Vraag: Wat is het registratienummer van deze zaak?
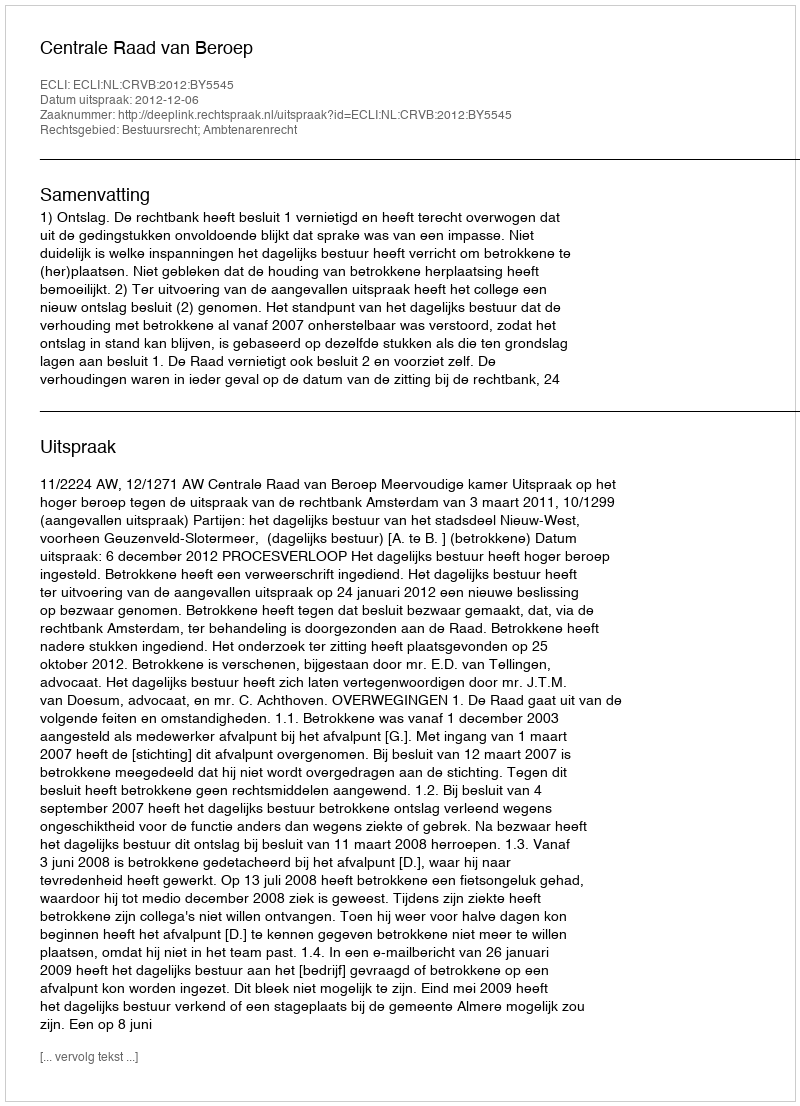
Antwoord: http://deeplink.rechtspraak.nl/uitspraak?id=ECLI:NL:CRVB:2012:BY5545